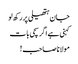
جان ہتھیلی پر رکھ لو
کہنی ہے اگر سچی بات
مولانا صاحب !